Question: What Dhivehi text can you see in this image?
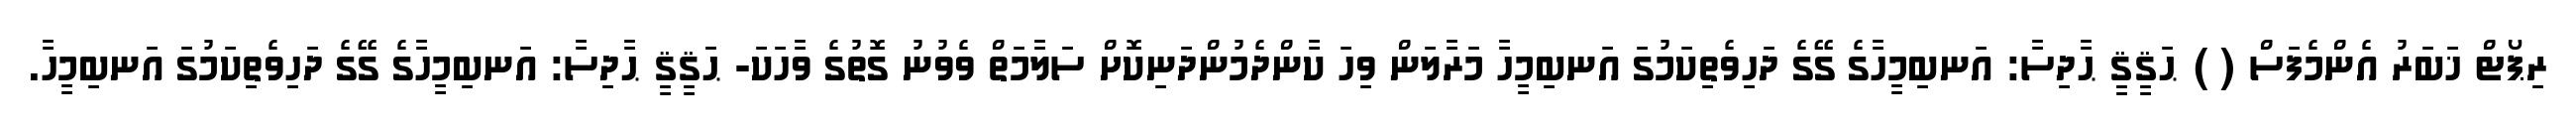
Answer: ރިޕޯޓް ޚަބަރު އެންމެފަސް ( ) ޙަޤީޤީ ޙާދިސާ: އަނބިމީހާގެ ގޭގެ ދަހިވެތިކަމުގަ އަނބިމީހާ މަރާލަން ވިހަ ކާންދެމުންދަނިކޮށް ސަލާމަތް ވެވުނު ގޮތުގެ ވާހަކަ- ޙަޤީޤީ ޙާދިސާ: އަނބިމީހާގެ ގޭގެ ދަހިވެތިކަމުގަ އަނބިމީހާ.